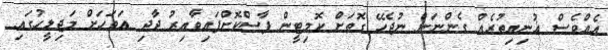
އެއްވެސް އުނިއިތުރެއް ގެންނަން ނުޖެހޭ ގޮތަށް ކޮމިޓީން ފާސްކޮށްފައިވާއިރު ދާދި އަވަހަށް މަޖިލީހުގައި